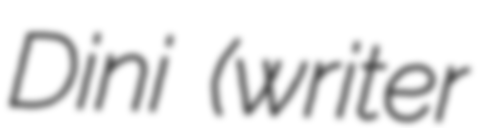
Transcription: Dini (writer